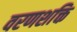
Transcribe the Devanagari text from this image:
वरणशक्ति